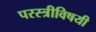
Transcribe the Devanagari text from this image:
परस्त्रीविषयी